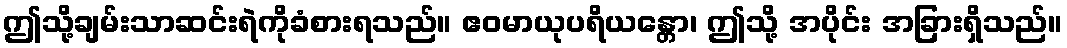
ဤသို့ချမ်းသာဆင်းရဲကိုခံစားရသည်။ ဧဝမာယုပရိယန္တော၊ ဤသို့ အပိုင်း အခြားရှိသည်။